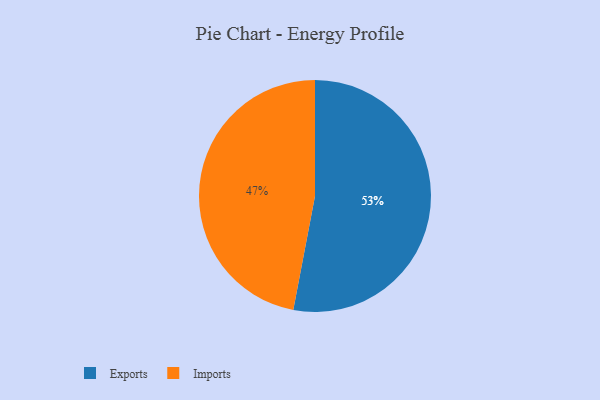
{"axis": {"x": "Category", "y": "Percentage"}, "legend": ["Exports", "Imports"], "data": [{"x": "Imports", "y": 47, "type": "Imports"}, {"x": "Exports", "y": 53, "type": "Exports"}]}